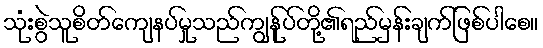
သုံးစွဲသူစိတ်ကျေနပ်မှုသည်ကျွန်ုပ်တို့၏ရည်မှန်းချက်ဖြစ်ပါစေ။